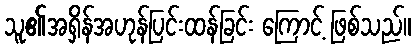
သူ၏အရှိန်အဟုန်ပြင်းထန်ခြင်း ကြောင့် ဖြစ်သည်။